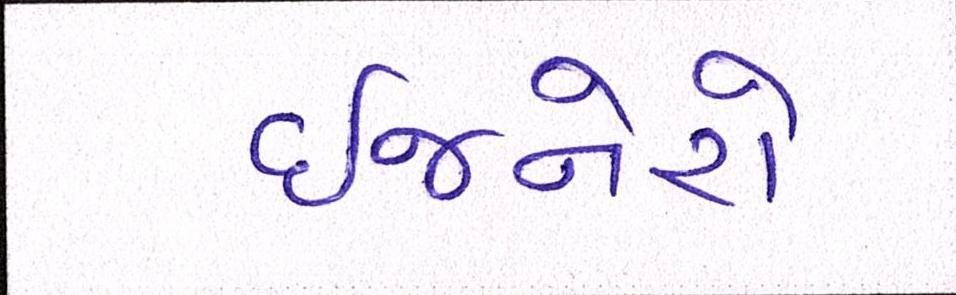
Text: ઈજનેરો